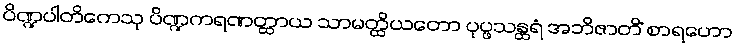
ပိဏ္ဍပါတိကေသု ပိဏ္ဍကရဏတ္ထာယ သာမတ္ထိယတော ပုပ္ဖသန္ထရံ အဘိဇာတိံ စာရဟော